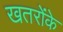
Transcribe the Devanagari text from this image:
खतरोंके